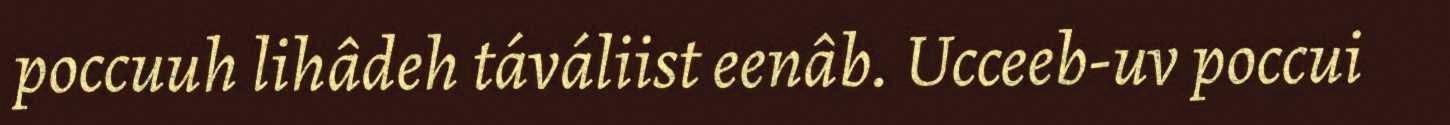
poccuuh lihâdeh táváliist eenâb. Ucceeb-uv poccui